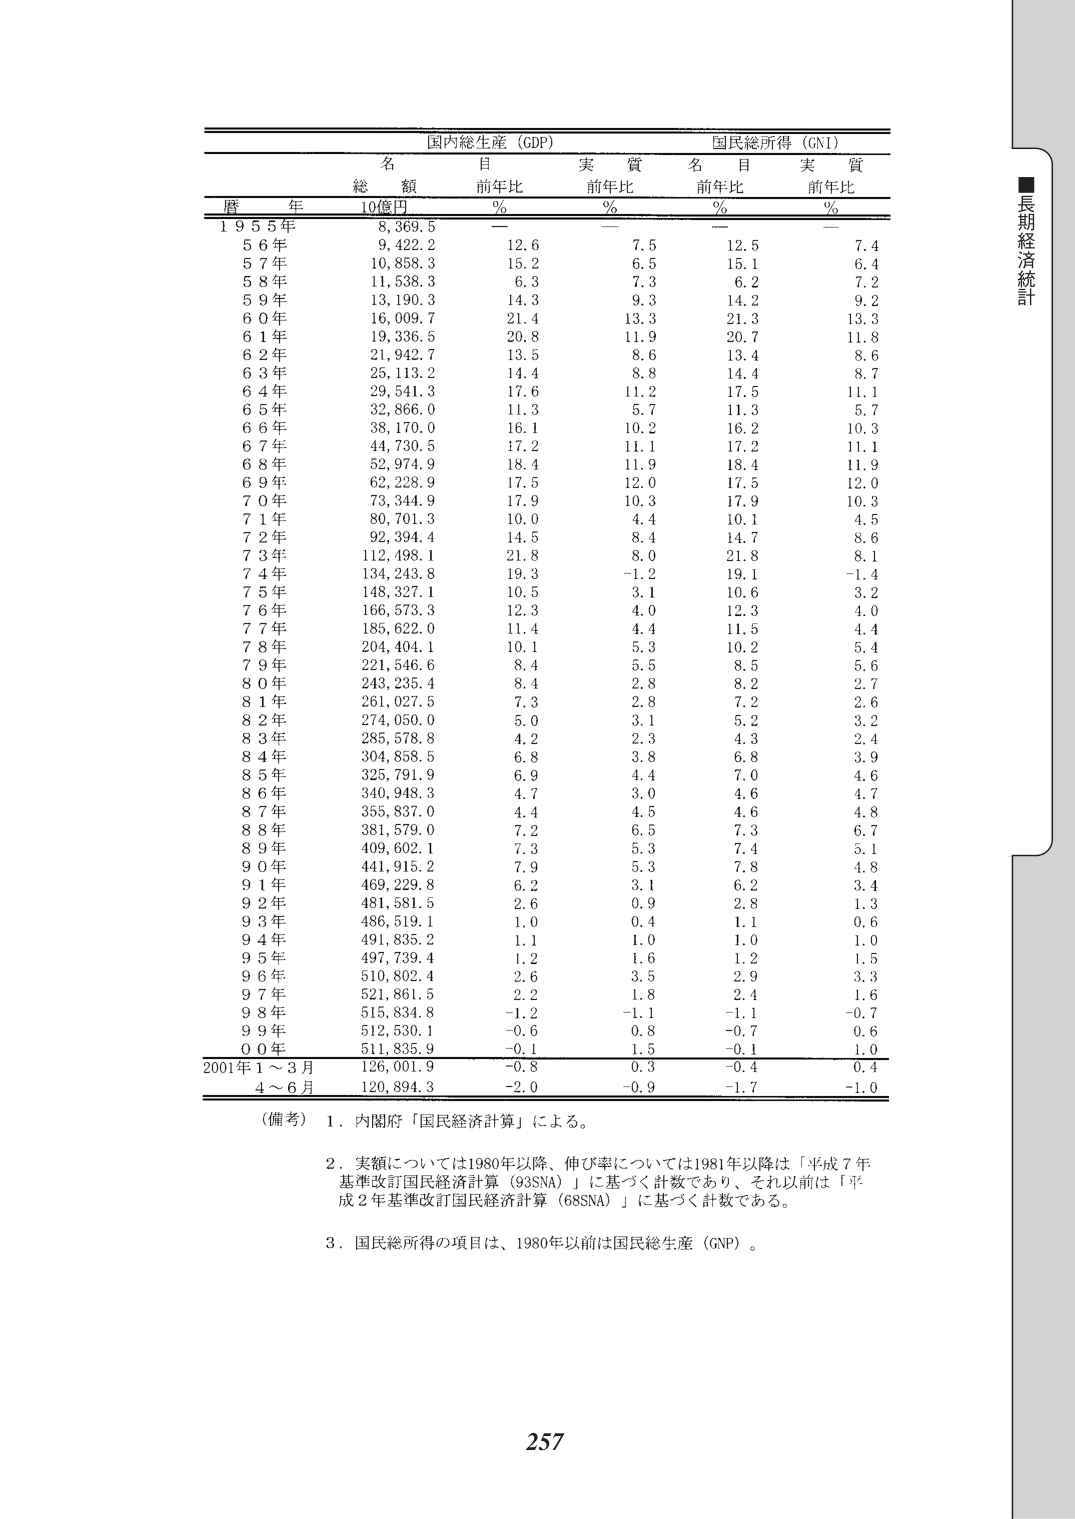
■長期経済統計

国内総生産（GDP）　国民総所得（GNI）

名目　実質　名目　実質
総額　前年比　前年比　前年比　前年比
10億円　%　%　%　%

暦年

1955年　8,369.5
56年　9,422.2　12.6　7.5　12.5　7.4
57年　10,858.3　15.2　6.5　15.1　6.4
58年　11,538.3　6.3　7.3　6.2　7.2
59年　13,190.3　14.3　9.3　14.2　9.2
60年　16,009.7　21.4　13.3　21.3　13.3
61年　19,336.5　20.8　11.9　20.7　11.8
62年　21,942.7　13.5　8.6　13.4　8.6
63年　25,113.2　14.4　8.8　14.4　8.7
64年　29,541.3　17.6　11.2　17.5　11.1
65年　32,866.0　11.3　5.7　11.3　5.7
66年　38,170.0　16.1　10.2　16.2　10.3
67年　44,730.5　17.2　11.1　17.2　11.1
68年　52,974.9　18.4　11.9　18.4　11.9
69年　62,228.9　17.5　12.0　17.5　12.0
70年　73,344.9　17.9　10.3　17.9　10.3
71年　80,701.3　10.0　4.4　10.1　4.5
72年　92,394.4　14.5　8.4　14.7　8.6
73年　112,498.1　21.8　8.0　21.8　8.1
74年　134,243.8　19.3　-1.2　19.1　-1.4
75年　148,327.1　10.5　3.1　10.6　3.2
76年　166,573.3　12.3　4.0　12.3　4.0
77年　185,622.0　11.4　4.4　11.5　4.4
78年　204,404.1　10.1　5.3　10.2　5.4
79年　221,546.6　8.4　5.5　8.5　5.6
80年　243,235.4　8.4　2.8　8.2　2.7
81年　261,027.5　7.3　2.8　7.2　2.6
82年　274,050.0　5.0　3.1　5.2　3.2
83年　285,578.8　4.2　2.3　4.3　2.4
84年　304,858.5　6.8　3.8　6.8　3.9
85年　325,791.9　6.9　4.4　7.0　4.6
86年　340,948.3　4.7　3.0　4.6　4.7
87年　355,837.0　4.4　4.5　4.6　4.8
88年　381,579.0　7.2　6.5　7.3　6.7
89年　409,602.1　7.3　5.3　7.4　5.1
90年　441,915.2　7.9　5.3　7.8　4.8
91年　469,229.8　6.2　3.1　6.2　3.4
92年　481,581.5　2.6　0.9　2.8　1.3
93年　486,519.1　1.0　0.4　1.1　0.6
94年　491,835.2　1.1　1.0　1.0　1.0
95年　497,739.4　1.2　1.6　1.2　1.5
96年　510,802.4　2.6　3.5　2.9　3.3
97年　521,861.5　2.2　1.8　2.4　1.6
98年　515,834.8　-1.2　-1.1　-1.1　-0.7
99年　512,530.1　-0.6　0.8　-0.7　0.6
00年　511,835.9　-0.1　1.5　-0.1　1.0
2001年1～3月　126,001.9　-0.8　0.3　-0.4　0.4
4～6月　120,894.3　-2.0　-0.9　-1.7　-1.0

（備考）1．内閣府「国民経済計算」による。
2．実額については1980年以降、伸び率については1981年以降は「平成7年基準改訂国民経済計算（93SNA）」に基づく計数であり、それ以前は「平成2年基準改訂国民経済計算（68SNA）」に基づく計数である。
3．国民総所得の項目は、1980年以前は国民総生産（GNP）。

257